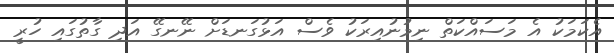
އެކަމަކު އެ މަސައްކަތް ނިމުނުއިރަކު ވެސް އަޅުގަނޑަށް ނޭނގޭ އަދި ގާތުގައި ހުރީ